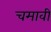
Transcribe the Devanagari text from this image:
चमावी